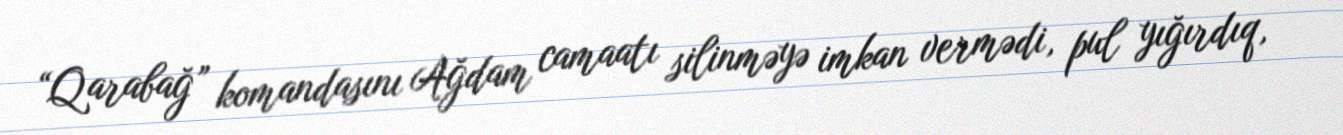
“Qarabağ” komandasını Ağdam camaatı silinməyə imkan vermədi, pul yığırdıq,